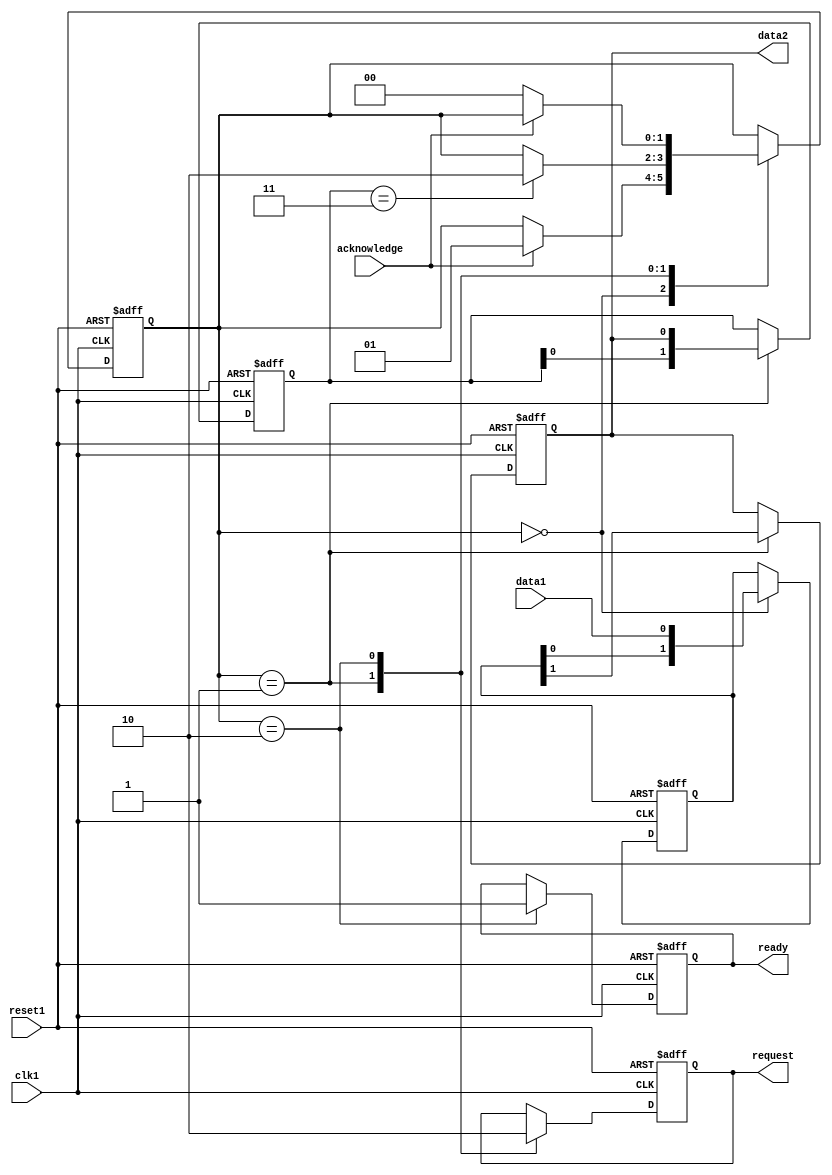
module synchronizer_with_handshaking (
    input wire clk1,          // Clock domain 1 input
    input wire reset1,        // Reset signal for clock domain 1
    input wire data1,         // Data signal from clock domain 1
    output reg data2,         // Data signal to clock domain 2
    output reg request,       // Request signal from clock domain 2
    input wire acknowledge,   // Acknowledge signal from clock domain 1
    output reg ready,         // Ready signal to clock domain 1
);

reg [1:0] sync_data1, sync_data2;
reg [1:0] state;

always @(posedge clk1 or posedge reset1) begin
    if (reset1) begin
        state <= 2'b00;
        sync_data1 <= 2'b00;
        sync_data2 <= 2'b00;
        data2 <= 1'b0;
        request <= 1'b0;
        ready <= 1'b0;
    end else begin
        case (state)
            2'b00: begin // Idle state
                sync_data1 <= {sync_data1[0], data1};
                if (acknowledge) begin
                    state <= 2'b01; // Transition to transferring state
                end
            end
            2'b01: begin // Transferring state
                request <= 1'b1;
                data2 <= sync_data1[1];
                sync_data2 <= {sync_data2[0], data2};
                if (sync_data2 == 2'b11) begin
                    state <= 2'b10; // Transition to ready state
                end
            end
            2'b10: begin // Ready state
                request <= 1'b0;
                ready <= 1'b1;
                if (!acknowledge) begin
                    state <= 2'b00; // Transition back to idle state
                end
            end
        endcase
    end
end

endmodule